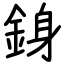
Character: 銵